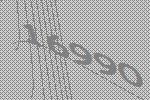
16990